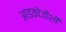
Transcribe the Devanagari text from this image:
आडकोजींशी